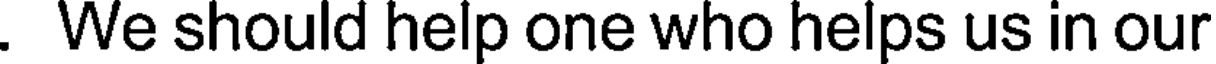
. We should help one who helps us in our